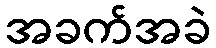
အခက်အခဲ